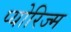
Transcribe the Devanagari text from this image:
प्योरिज्म